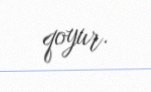
qoyur.